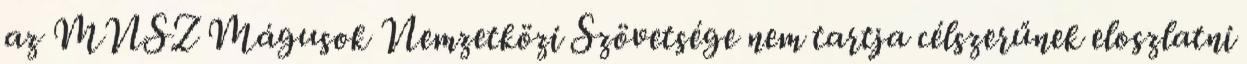
az MNSZ Mágusok Nemzetközi Szövetsége nem tartja célszerűnek eloszlatni